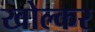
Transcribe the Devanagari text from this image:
खोल्कर